65_HS1-834228961_62-HQ-83894_Serial_164
Agency: FBI
Page 59
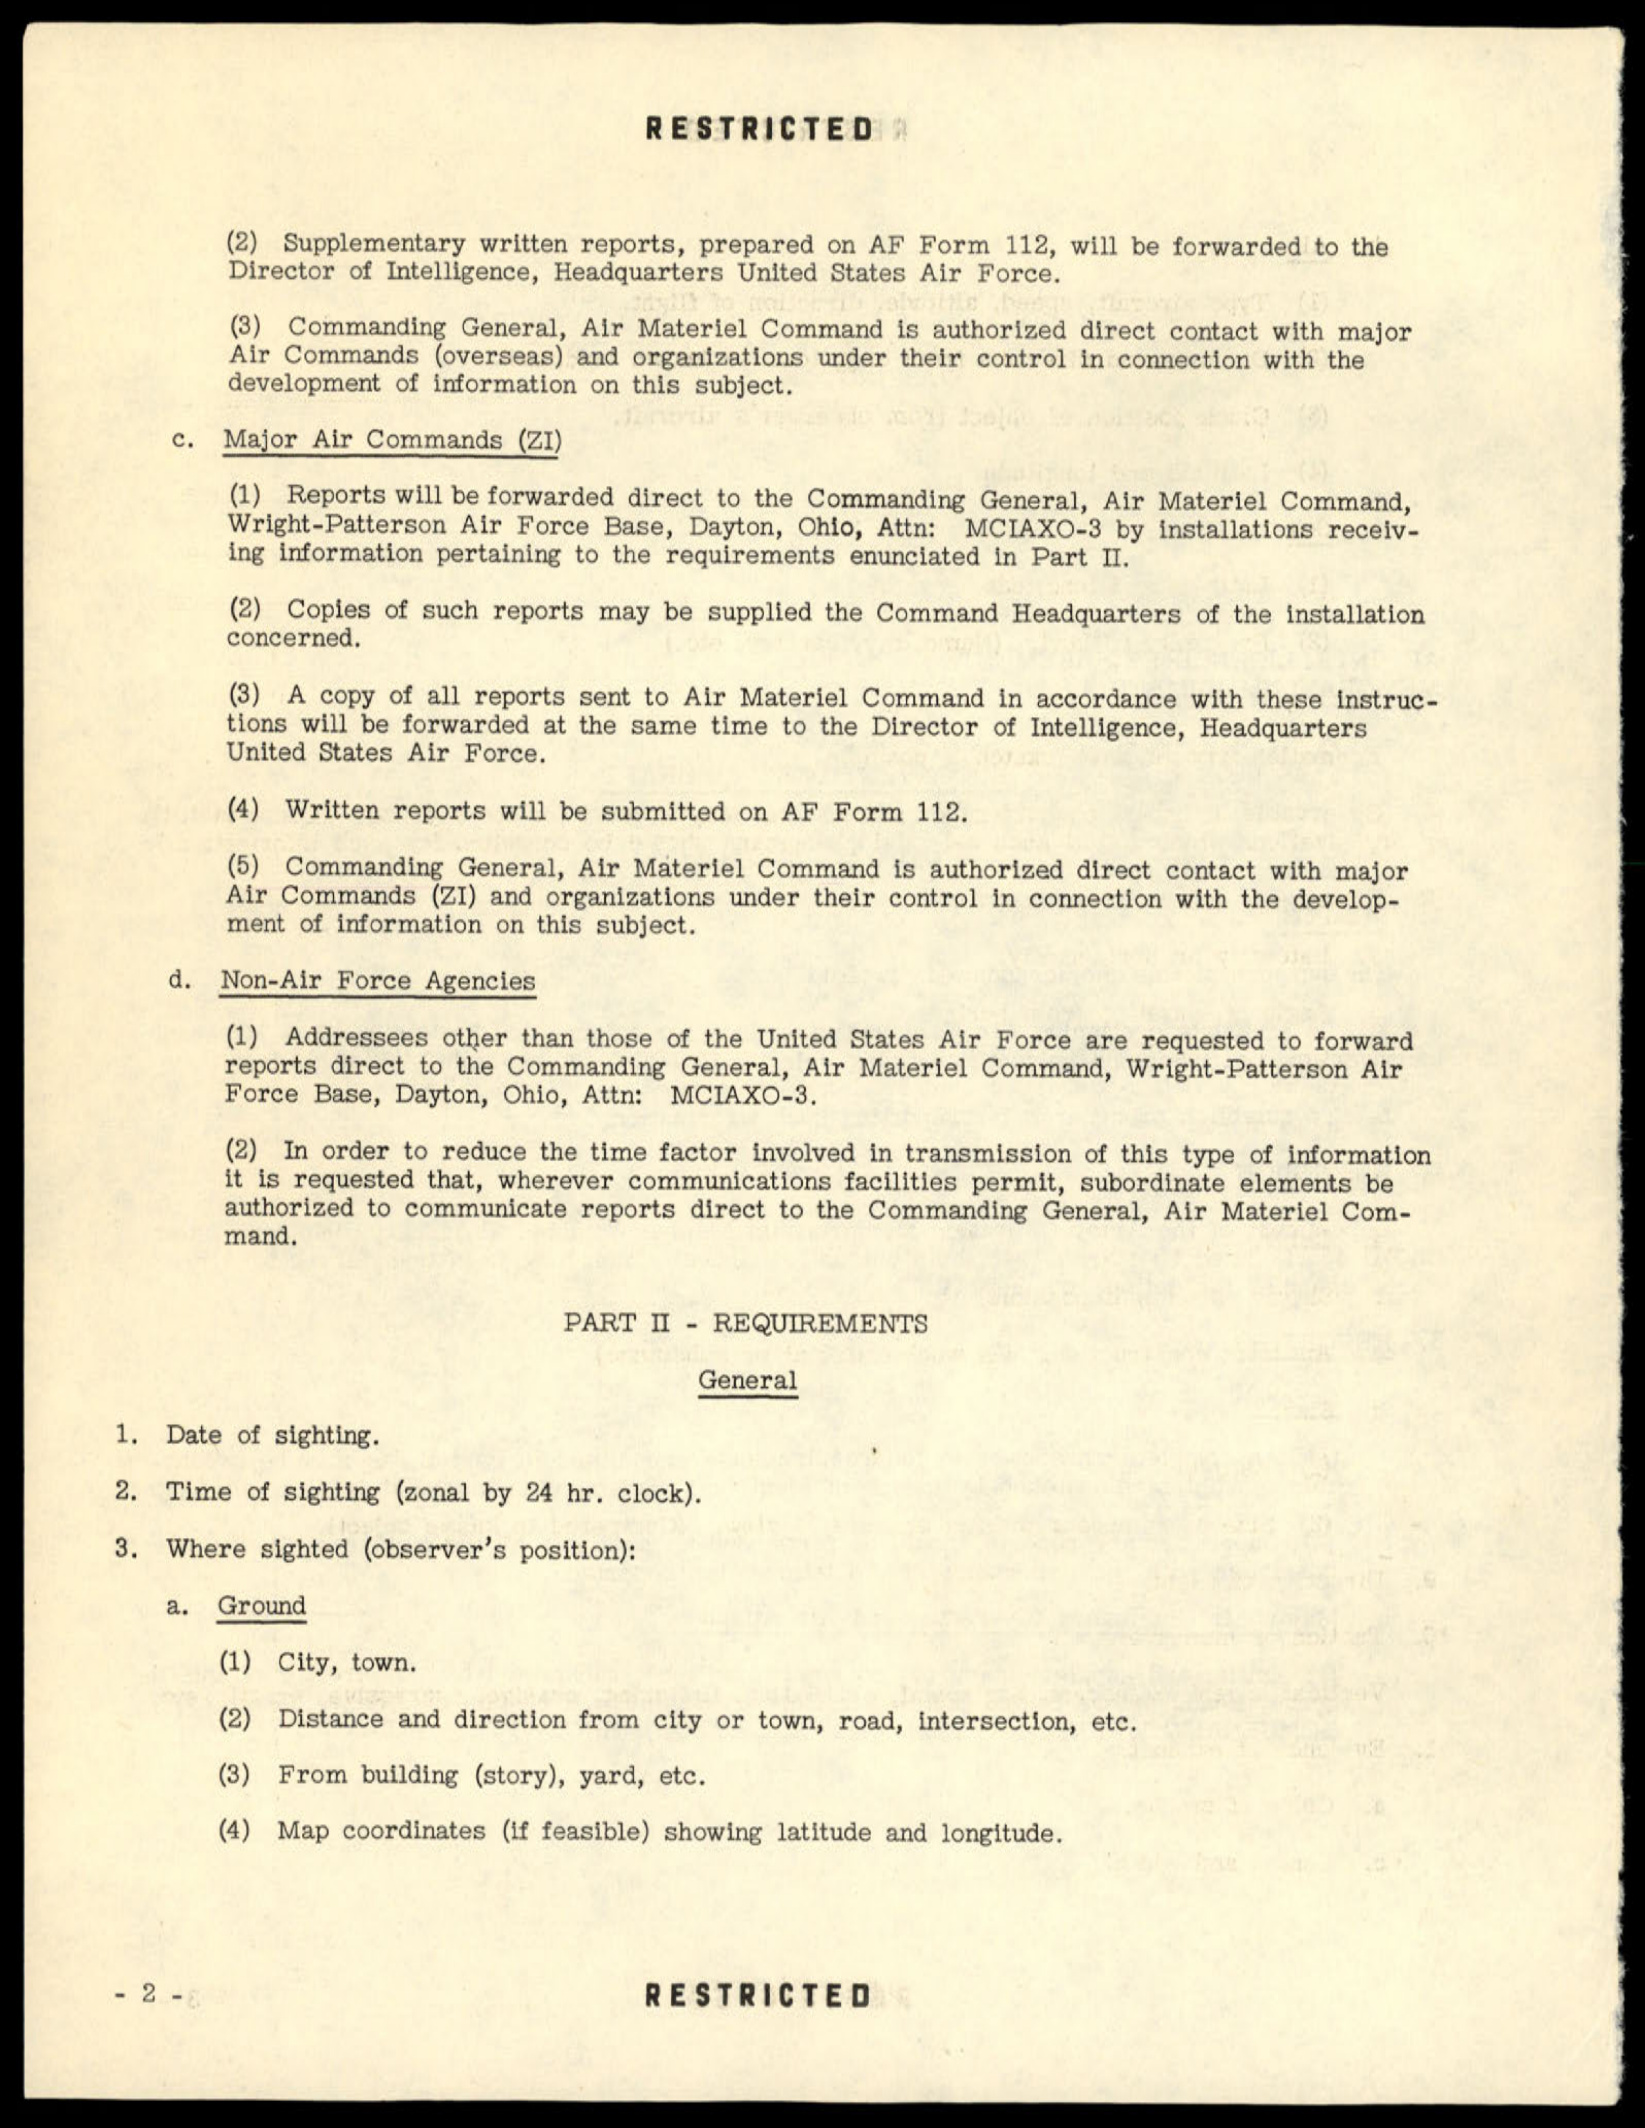